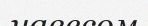
навесом